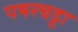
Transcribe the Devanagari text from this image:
पथरचट्टा